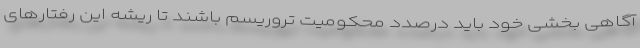
آگاهی بخشی خود باید درصدد محکومیت تروریسم باشند تا ریشه این رفتارهای